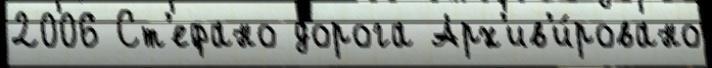
2006 Ст'ефано дорога Арх'ив'и́ровано